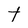
Character: t